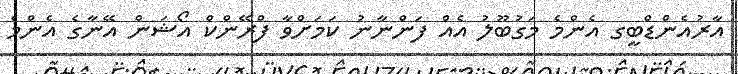
އާރުއެންޑްބީގ އެންމެ މަގުބޫލު އެއް ފަންނާނު ކަމަށްވާ ފްރޭންކް އޯޝަން އޭނާގެ އެންމެ